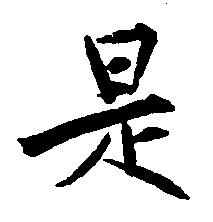
是